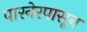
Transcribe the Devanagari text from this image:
पारनेरपासून